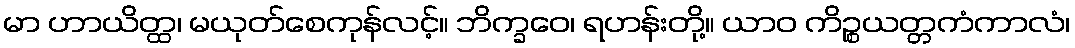
မာ ဟာယိတ္ထ၊ မယုတ်စေကုန်လင့်။ ဘိက္ခဝေ၊ ရဟန်းတို့။ ယာဝ ကိဉ္စယတ္တကံကာလံ၊